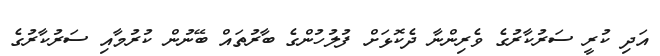
އަދި ކުރީ ސަރުކާރުގެ ވެރިންނާ ދެކޮޅަށް ފުލުހުންގެ ބާރުތައް ބޭނުން ކުރުމާއި ސަރުކާރުގެ